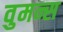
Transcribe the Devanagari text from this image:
वुमन्स